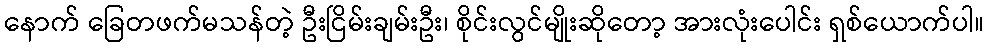
နောက် ခြေတဖက်မသန်တဲ့ ဦးငြိမ်းချမ်းဦး၊ စိုင်းလွင်မျိုးဆိုတော့ အားလုံးပေါင်း ရှစ်ယောက်ပါ။